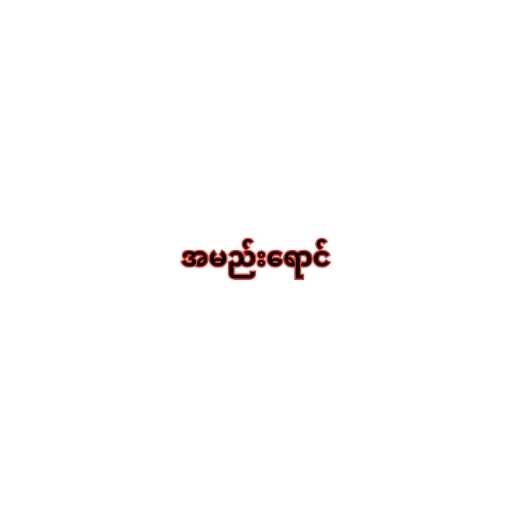
အမည်းရောင်